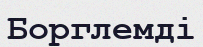
Борглемді